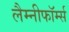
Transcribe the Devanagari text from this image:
लैम्नीफॉर्म्स